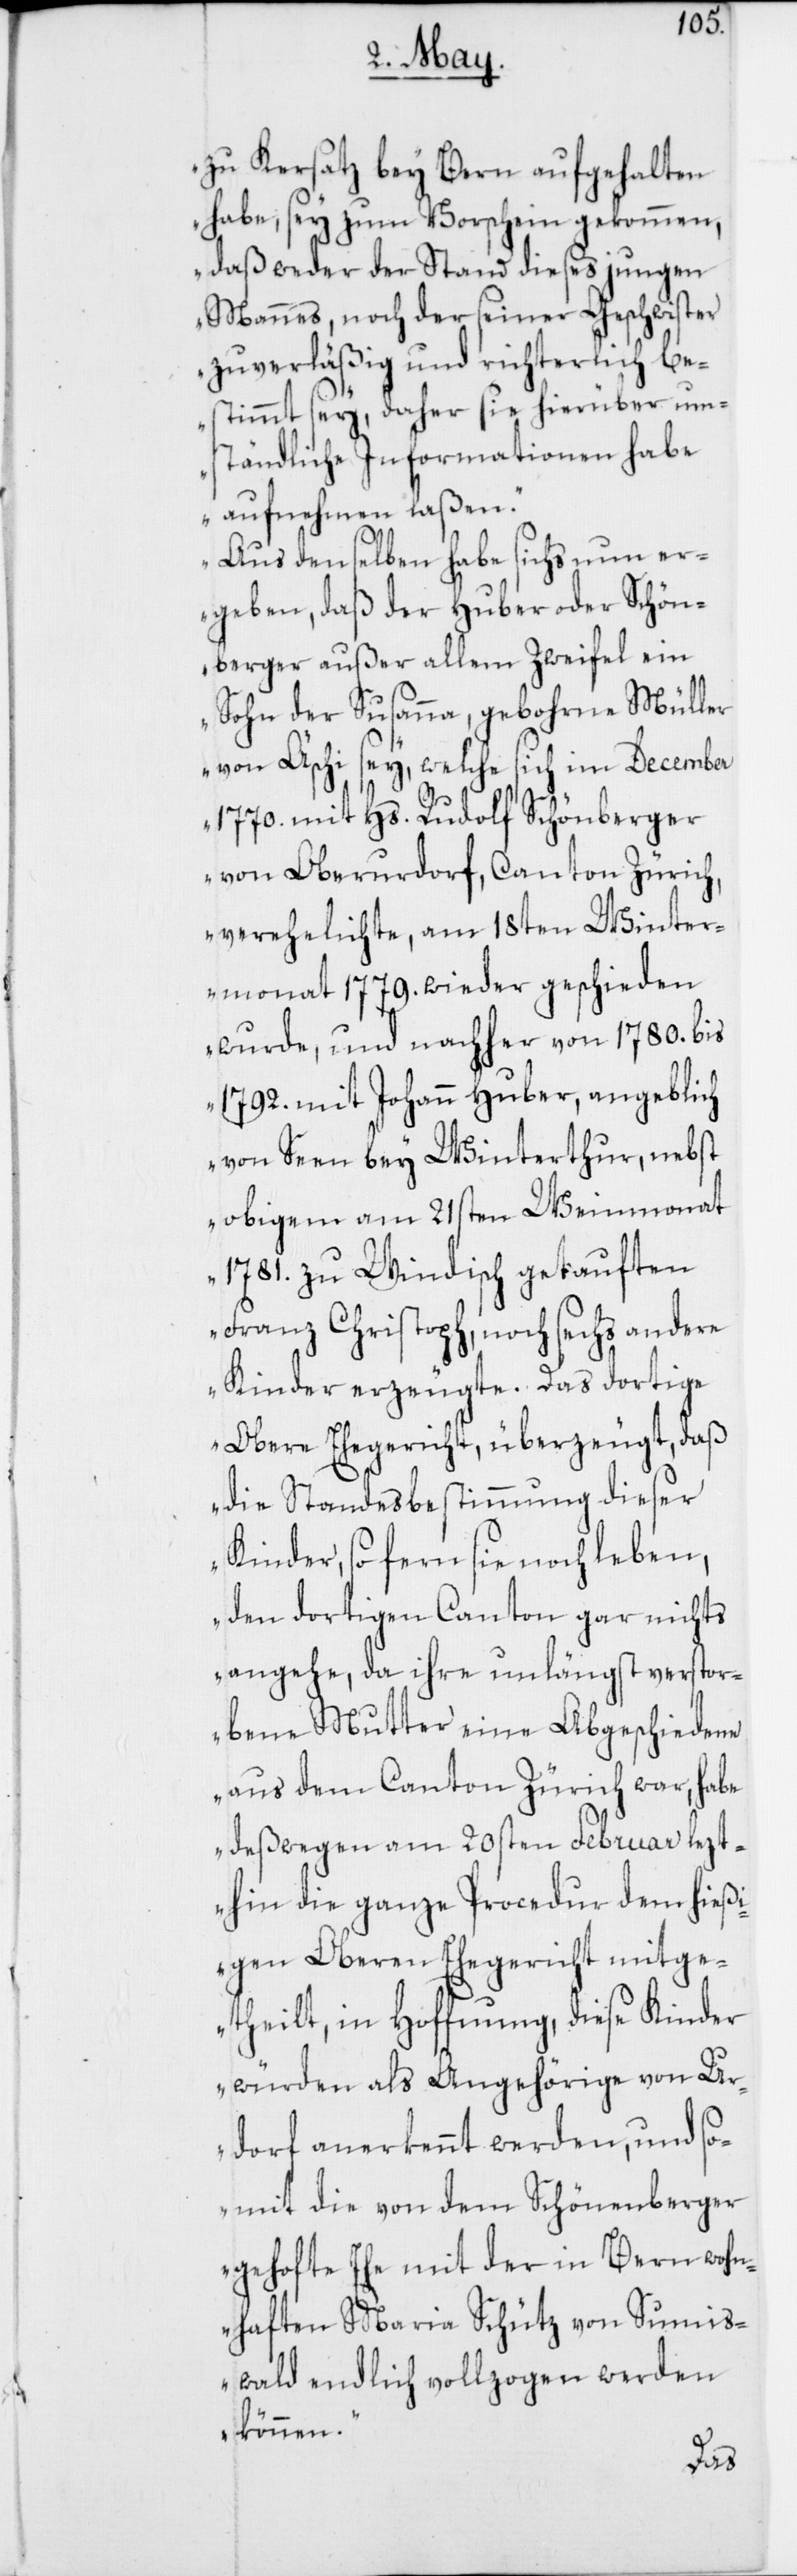
zu Kehrsatz bey Bern aufgehalten
habe, sey zum Vorschein gekommen,
daß weder der Stand dieses jungen
Mannes noch der seiner Geschwister
zuverläßig und richterlich be¬
stimmt sey, daher sie hierüber um¬
ständliche Informationen habe
aufnehmen laßen.
Aus denselben habe sichs nun er¬
geben, daß der Huber oder Schön¬
berger außer allem Zweifel ein
Sohn der Susanna, gebohrne Müller
von Äschi sey, welche sich im December
1770. mit Hs. Rudolf Schönberger
von Oberurdorf, Canton Zürich,
verehelichte, am 18ten Winter¬
monat 1779. wieder geschieden
wurde, und nachher von 1780. bis
1792. mit Johann Huber, angeblich
von Seen bey Winterthur, nebst
obigem am 21sten Weinmonat
1781. zu Windisch getauften
Franz Christoph, noch sechs andere
Kinder erzeugte. Das dortige
Obere Ehegericht, überzeugt, daß
die Standesbestimmung dieser
Kinder, sofern sie noch leben,
den dortigen Canton gar nichts
angehe, da ihre unlängst verstor¬
bene Mutter eine Abgeschiedene
aus dem Canton Zürich war, habe
deßwegen am 20sten Februar lezt¬
hin die ganze Procedur dem hießi¬
gen Oberen Ehegericht mitge¬
theilt, in Hoffnung, diese Kinder
würden als Angehörige von Ur¬
dorf anerkennt werden, und so¬
mit die von dem Schönberger
gehofte Ehe mit der in Bern wohn¬
haften Maria Schütz von Sumis¬
wald endlich vollzogen werden
können.